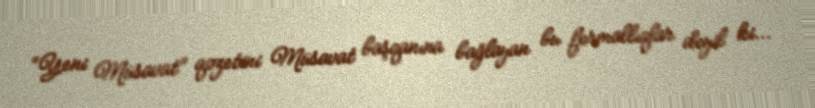
“Yeni Müsavat” qəzetini Müsavat başqanına bağlayan bu formallıqlar deyil ki...